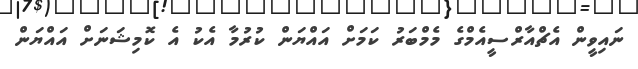
ނައިވީން އެޗްއާރްސީއެމްގެ މެމްބަރު ކަމަށް އައްޔަން ކުރުމާ އެކު އެ ކޮމިޝަނަށް އައްޔަން